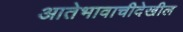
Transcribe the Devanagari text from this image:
आतेभावाचीदेखील